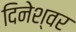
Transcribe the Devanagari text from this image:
दिनेश्वर